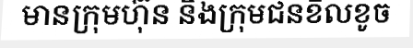
មានក្រុមហ៊ុន និងក្រុមជនខិលខូច